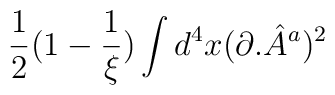
\frac{1}{2}(1-\frac{1}{\xi })\int d^{4}x(\partial .{\hat{A}}^{a})^{2}